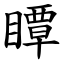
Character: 瞫